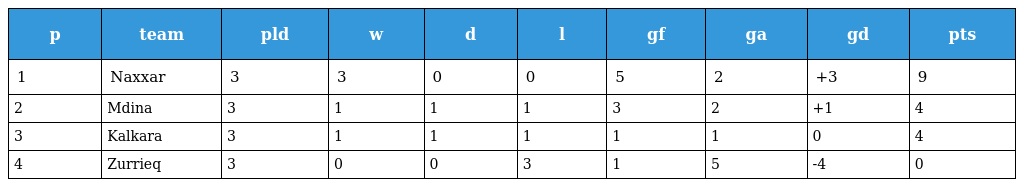
| p | team | pld | w | d | l | gf | ga | gd | pts |
 | --- | --- | --- | --- | --- | --- | --- | --- | --- | --- |
 | 1 | Naxxar | 3 | 3 | 0 | 0 | 5 | 2 | +3 | 9 |
 | 2 | Mdina | 3 | 1 | 1 | 1 | 3 | 2 | +1 | 4 |
 | 3 | Kalkara | 3 | 1 | 1 | 1 | 1 | 1 | 0 | 4 |
 | 4 | Zurrieq | 3 | 0 | 0 | 3 | 1 | 5 | -4 | 0 |